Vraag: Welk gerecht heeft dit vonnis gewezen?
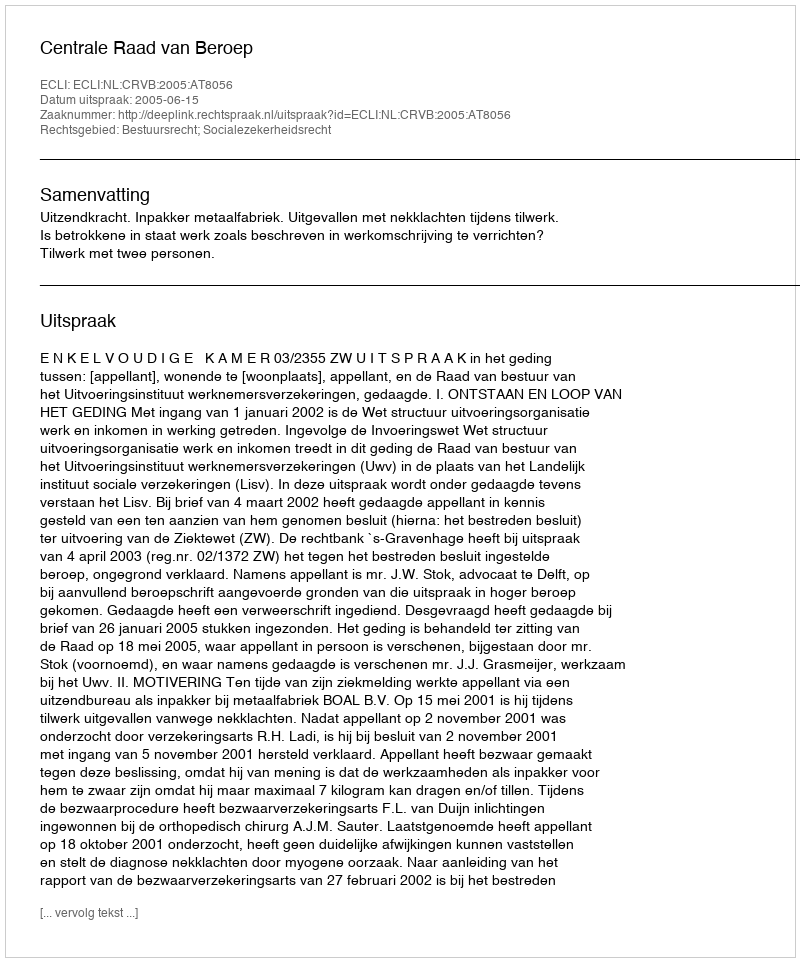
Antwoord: Centrale Raad van Beroep